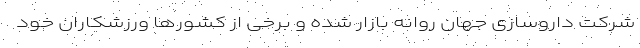
شرکت داروسازی جهان روانه بازار شده و برخی از کشورها ورزشکاران خود